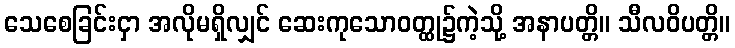
သေစေခြင်းငှာ အလိုမရှိလျှင် ဆေးကုသောဝတ္ထု၌ကဲ့သို့ အနာပတ္တိ။ သီလဝိပတ္တိ။